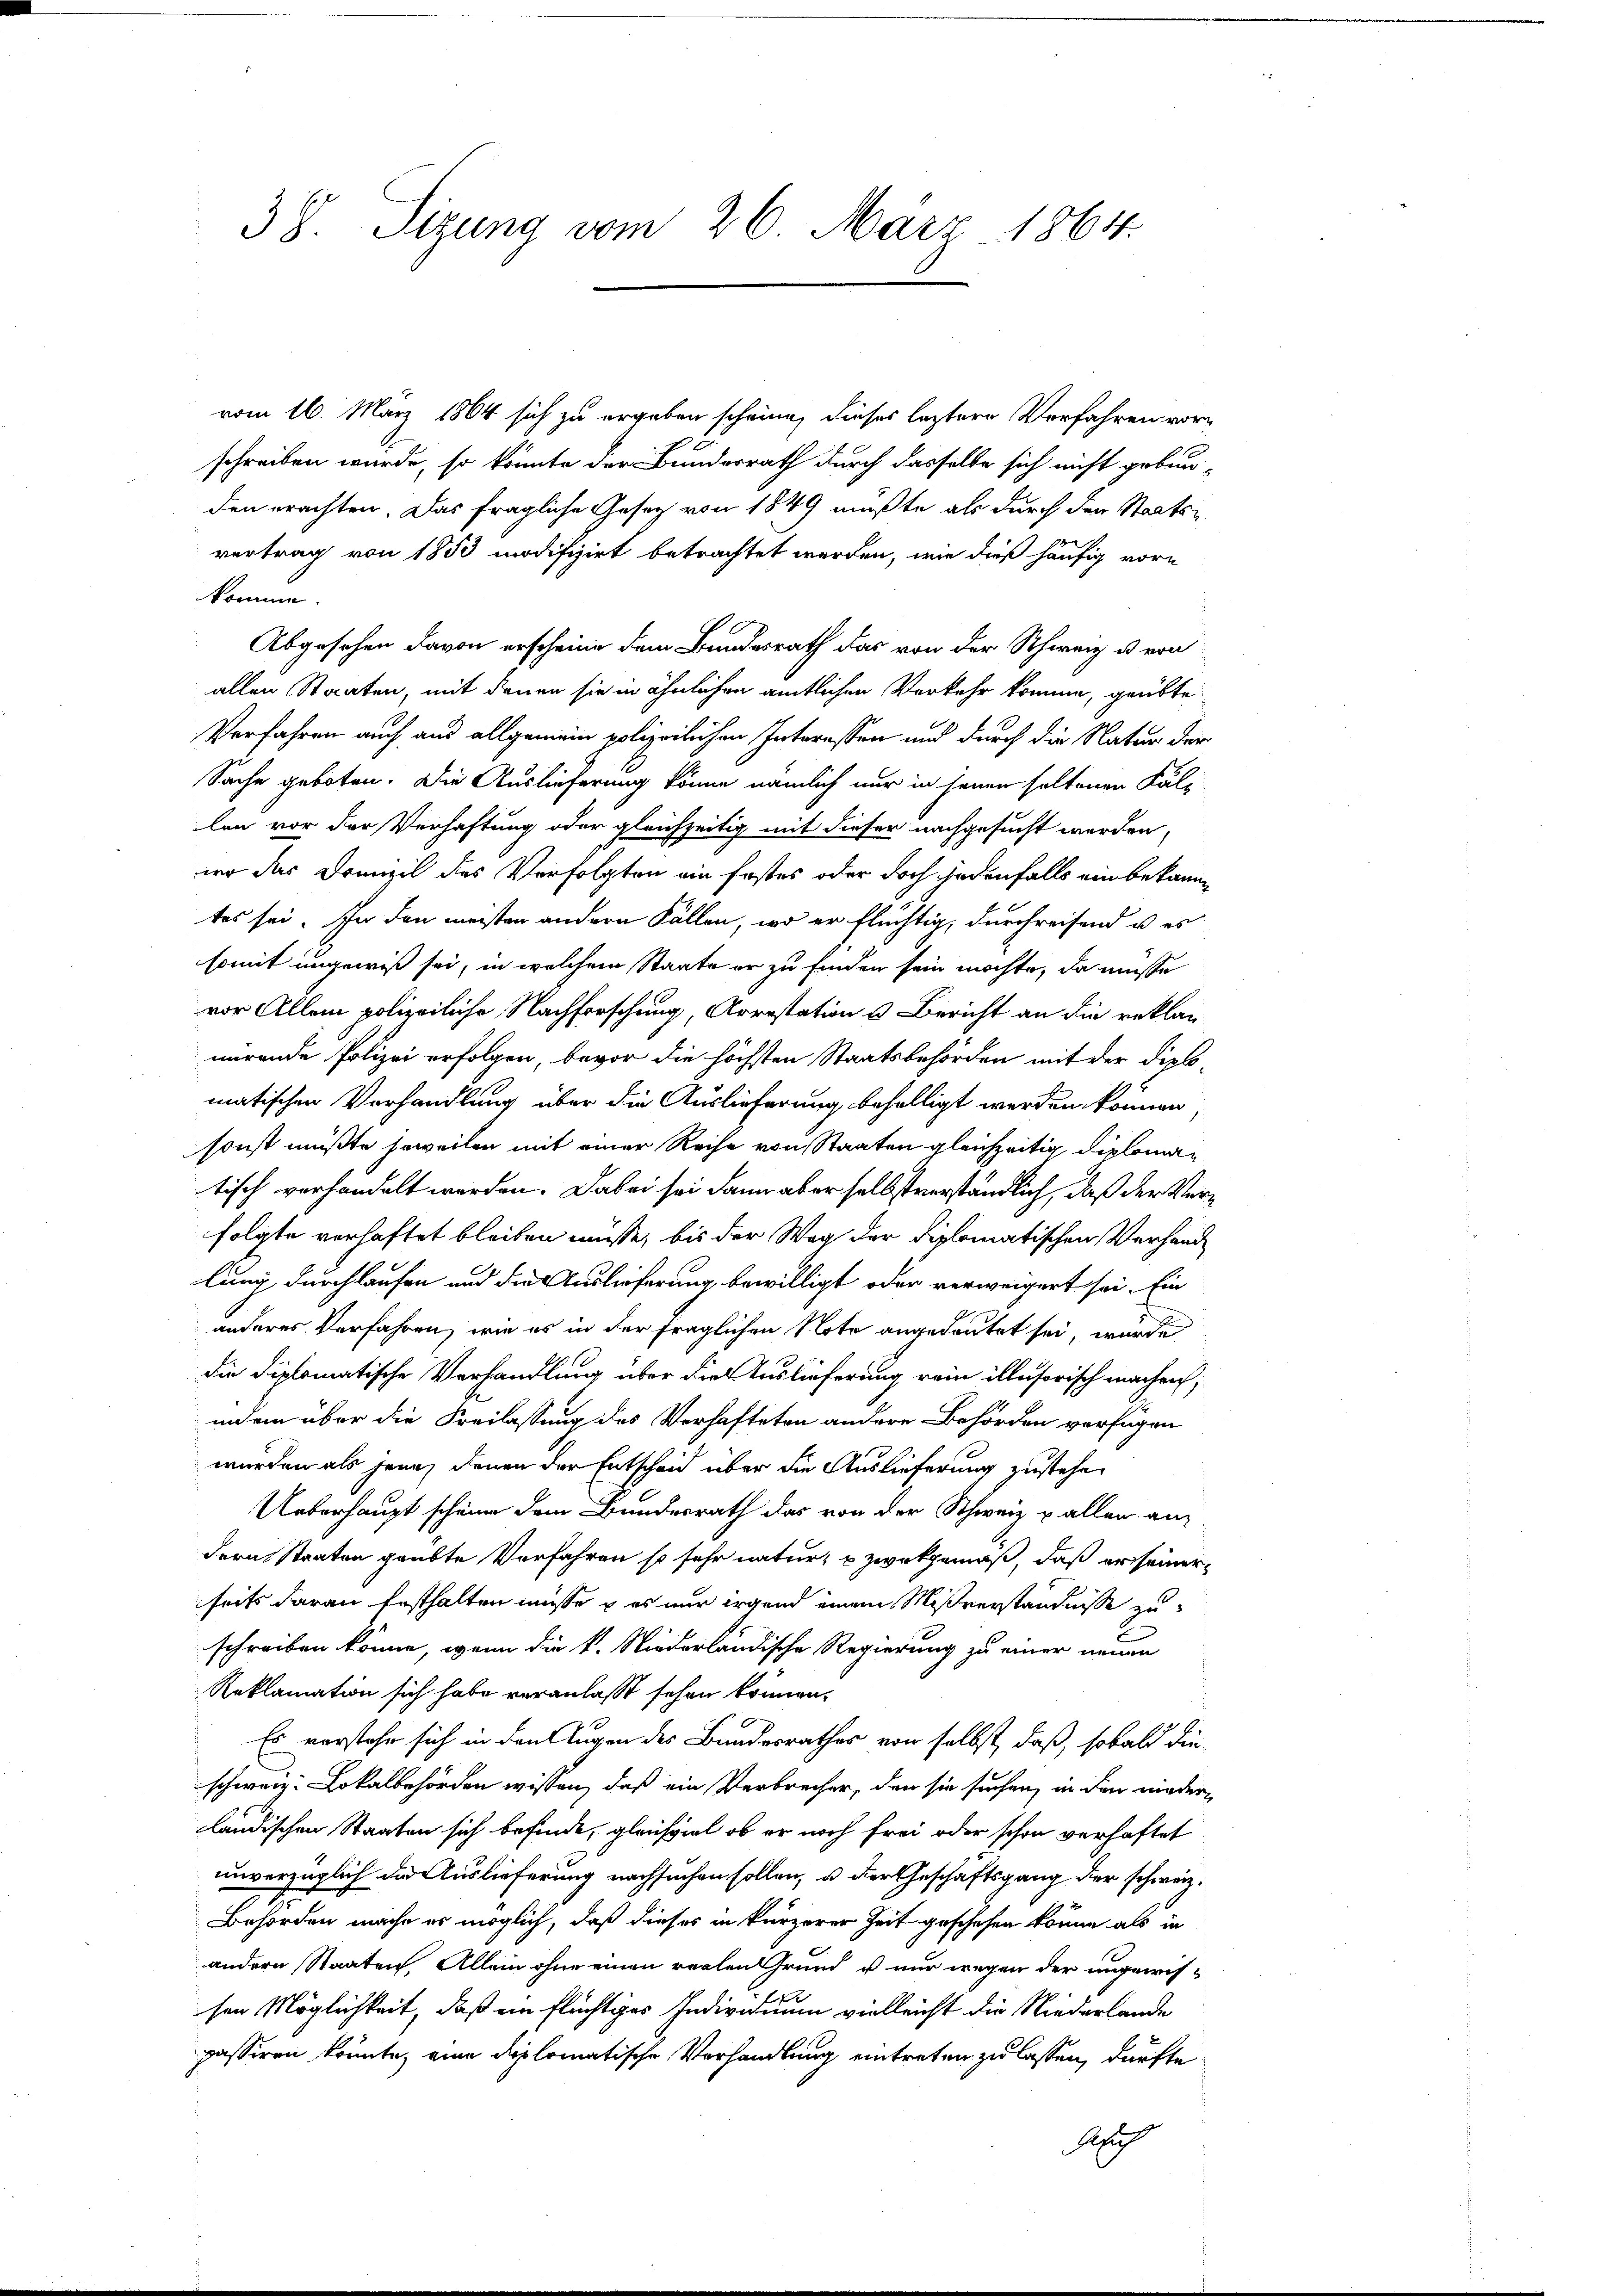
38. Sizung vom 26. März 1864.

vom 16. März 1864 sich zu ergeben scheine, dieses leztere Verfahren vorschreiben wurde, so könnte der Bundesrath durch dasselbe sich nicht gebun-
den erachten. Das fragliche Gesetz von 1849 mußte als durch der Staatsvertrag von 1853 modifizirt betrachtet werden, wie dieß häufig vorn
komme.
Abgesehen davon erscheine dem Bundesrath das von der Schweiz u. von
allen Staaten, mit denen sie in ähnlichen amtlichen Verkehr komme, geübte
Verfahren auch aus allgemein polizeilichen Interessen und durch die Natur der
Sache geboten. Die Auslieferung könne nämlich nur in seinen soltenen Fal-
len vor der Verhaftung oder gleichzeitig mit dieser nachgesucht werden,
wo das Dranzil des Verfolgten ein festes oder doch jedenfalls ein bekann
tes sei. In den meisten andern Fällen, wo er flüchtig, durchreisend u es
somit ungewiß sei, in welchem Staate er zu finden sein möchte, da müsse
vor Allem polizeiliche Nachforschung, Arrestation & Bericht an die reklag
nirende Polizei erfolgen, bevor die höchsten Staatsbehörden mit der Diplomatischen Vorhandlung über die Auslieferung behelligt werden können
sonst müßte soweiten mit einer Reihe von Staaten gleichzeitig diplomatisch verhandelt werden. Dabei sei dann aber selbstverständlich, daß der Verfolgte verhaftet bleiben müsse, bis der Weg der diplomatischen Verhand
lung durchlaufen und die Auslieferung bewilligt oder verweigert sei. Ein
anderes Verfahren, wie es in der fraglichen Note angedeutet sei, wurde
die diplomatische Verhandlung über die Auslieferung rein illusorisch machen,
indem über die Freilassung des Verhafteten andere Behörden verfügen
wurden als jene, denen der Entscheid über die Auslieferung zustehen
Ueberhaupt scheine dem Bundesrath das von der Schweiz & allen an-
dern Staaten geübte Verfahren so sehr natur, u zwekgemäß, daß er seiner
seits daran festhalten müsse u es nur irgend einem Mißverständnisse zu
schreiben könne, wenn die k. Niederländische Regierung zu einer neuen
Reklamation sich habe veranlasst sehen können.
Es verstehe sich in den Augen des Bundesrathes von selbst, daß, sobald die-
schweiz. Lokalbehörden wissen, daß ein Verbrecher, den sie suchen, in den niederländischen Staaten sich befinde, gleichviel ob er noch frei oder schon verhaftet
unverzüglich die Auslieferung nachsuchen sollen, u. der Geschäftsgang der schweiz.
Behörden mache er möglich, daß dieses in kürzerer Zeit geschehen könne als in
andern Staaten. Allein ohne einen rechen Grund u nur wegen der ungewissen Möglichkeit, daß ein flüchtiges Individuum vielleicht die Niederlande
passiren könnte, eine diplomatische Verhandlung eintreten zu lassen, dürfte
Aug